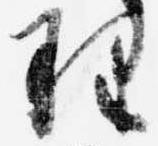
理